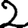
Digit: 2